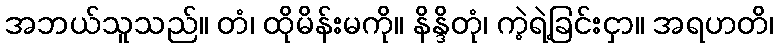
အဘယ်သူသည်။ တံ၊ ထိုမိန်းမကို။ နိန္ဒိတုံ၊ ကဲ့ရဲ့ခြင်းငှာ။ အရဟတိ၊